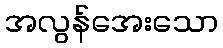
အလွန်အေးသော